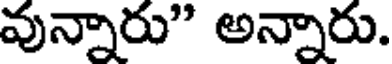
వున్నారు" అన్నారు.